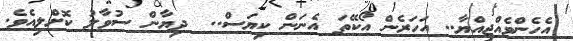
އެހެންވެއްޖިއްޔާ.. އަހަރެން އޯކޭތަ އެނަން ކިޔަސް..  ދިޔާން ސުވާލު ކޮށްލިއެވެ.